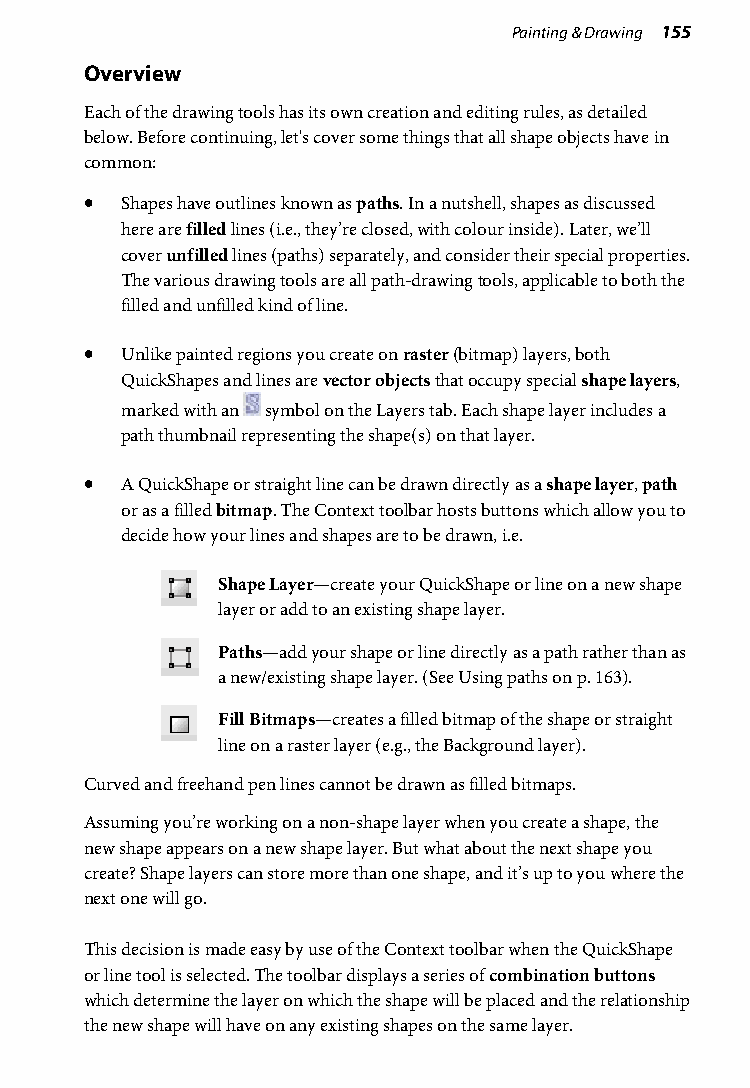
Painting & Drawing 155
 Overview
 Each of the drawing tools has its own creation and editing rules, as detailed
 below. Before continuing, let's cover some things that all shape objects have in
 common:
 • Shapes have outlines known as paths. In a nutshell, shapes as discussed
 here are filled lines (i.e., they’re closed, with colour inside). Later, we’ll
 cover unfilled lines (paths) separately, and consider their special properties.
 The various drawing tools are all path-drawing tools, applicable to both the
 filled and unfilled kind of line.
 • Unlike painted regions you create on raster (bitmap) layers, both
 QuickShapes and lines are vector objects that occupy special shape layers,
 marked with an symbol on the Layers tab. Each shape layer includes a
 path thumbnail representing the shape(s) on that layer.
 • A QuickShape or straight line can be drawn directly as a shape layer, path
 or as a filled bitmap. The Context toolbar hosts buttons which allow you to
 decide how your lines and shapes are to be drawn, i.e.
 Shape Layer—create your QuickShape or line on a new shape
 layer or add to an existing shape layer.
 Paths—add your shape or line directly as a path rather than as
 a new/existing shape layer. (See Using paths on p. 163).
 Fill Bitmaps—creates a filled bitmap of the shape or straight
 line on a raster layer (e.g., the Background layer).
 Curved and freehand pen lines cannot be drawn as filled bitmaps.
 Assuming you’re working on a non-shape layer when you create a shape, the
 new shape appears on a new shape layer. But what about the next shape you
 create? Shape layers can store more than one shape, and it’s up to you where the
 next one will go.
 This decision is made easy by use of the Context toolbar when the QuickShape
 or line tool is selected. The toolbar displays a series of combination buttons
 which determine the layer on which the shape will be placed and the relationship
 the new shape will have on any existing shapes on the same layer.